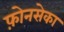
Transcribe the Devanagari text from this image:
फ़ोनसेका